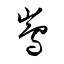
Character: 嶌